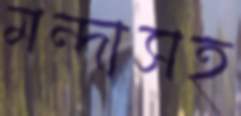
মন্দাসহ